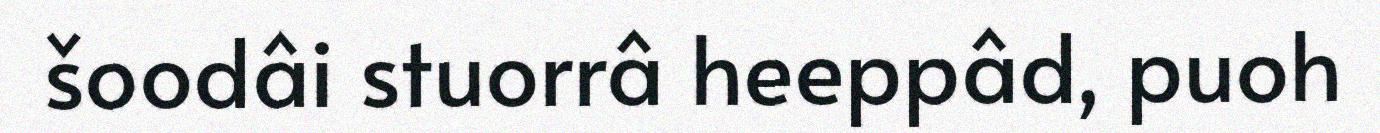
šoodâi stuorrâ heeppâd, puoh